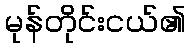
မုန်တိုင်းငယ်၏